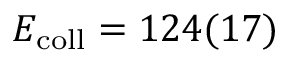
E _ { \mathrm { c o l l } } = 1 2 4 ( 1 7 )